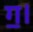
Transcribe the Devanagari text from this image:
ग॒।